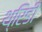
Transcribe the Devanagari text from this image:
थ्रिडी